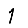
Digit: 1